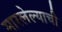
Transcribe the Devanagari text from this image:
मारलेल्याची